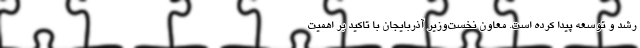
رشد و توسعه پیدا کرده است. معاون نخست‌وزیر آذربایجان با تاکید بر اهمیت